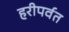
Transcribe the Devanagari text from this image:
हरीपर्वत